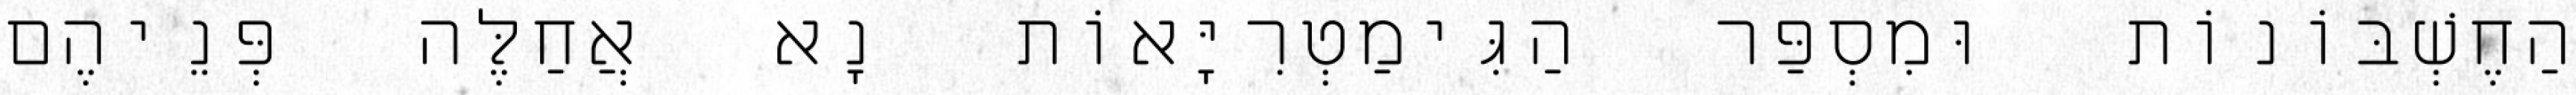
הַחֶשְׁבּוֹנוֹת וּמִסְפַּר הַגִּימַטְרִיָּאוֹת נָא אֲחַלֶּה פְּנֵיהֶם